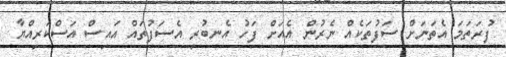
ފުރަތަމަ އެތަނަށް ސަފުތަކެއް ނެރުން އެއަށް ފަހު އެނބުރި އެސަފުތައް އައިސް އަސްކަރިއްޔާ